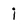
Character: i